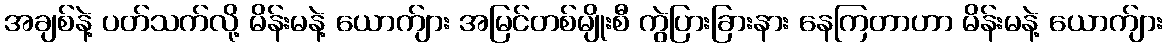
အချစ်နဲ့ ပတ်သက်လို့ မိန်းမနဲ့ ယောက်ျား အမြင်တစ်မျိုးစီ ကွဲပြားခြားနား နေကြတာဟာ မိန်းမနဲ့ ယောက်ျား